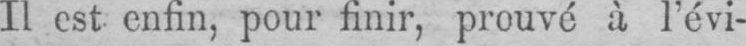
Il est enfin, pour finir, prouvé à l’évi-